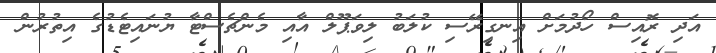
އަދި ރޮއިސް ހޯދުމަށް އިނގިރޭސި ކުލަބު ލިވަޕޫލް އާއި މެންޗެސްޓާ ޔުނައިޓެޑުގެ އިތުރުން